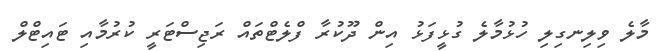
މާލެ ވިލިނގިލި ހުޅުމާލެ ގުޅީފަޅު އިން ދޫކުރާ ފްލެޓްތައް ރަޖިސްޓަރީ ކުރުމާއި ޓައިޓްލް